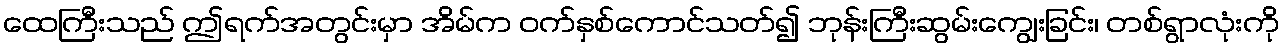
ထေကြီးသည် ဤရက်အတွင်းမှာ အိမ်က ဝက်နှစ်ကောင်သတ်၍ ဘုန်းကြီးဆွမ်းကျွေးခြင်း၊ တစ်ရွာလုံးကို